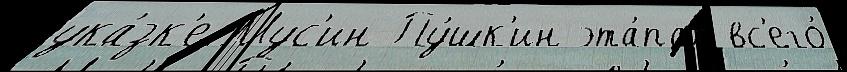
ука́зк'е Мус'ин-Пу́шк'ин эта́пах вс'его́